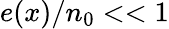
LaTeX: e(x)/n_{0}<<1